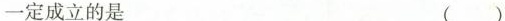
一定成立的是 ()